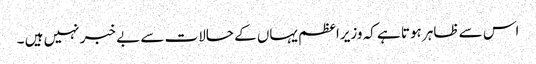
اس سے ظاہر ہوتا ہے کہ وزیراعظم یہاں کے حالات سے بے خبر نہیں ہیں ۔